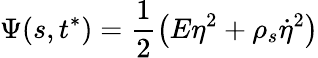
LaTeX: \Psi(s,t^{*})=\frac{1}{2}\left(E\eta^{2}+\rho_{s}\dot{\eta}^{2}\right)